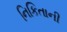
નિકિતાની